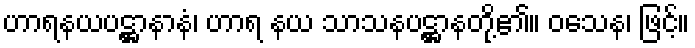
ဟာရနယပဋ္ဌာနာနံ၊ ဟာရ နယ သာသနပဋ္ဌာနတို့၏။ ဝသေန၊ ဖြင့်။